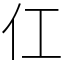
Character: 仜